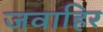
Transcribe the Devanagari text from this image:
जवाहिर